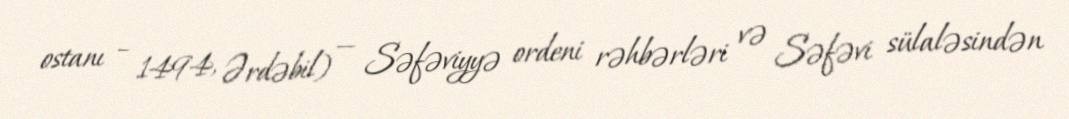
ostanı – 1494, Ərdəbil) — Səfəviyyə ordeni rəhbərləri və Səfəvi sülaləsindən